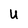
Character: U